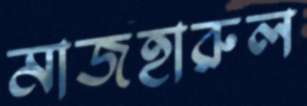
মাজহারুল